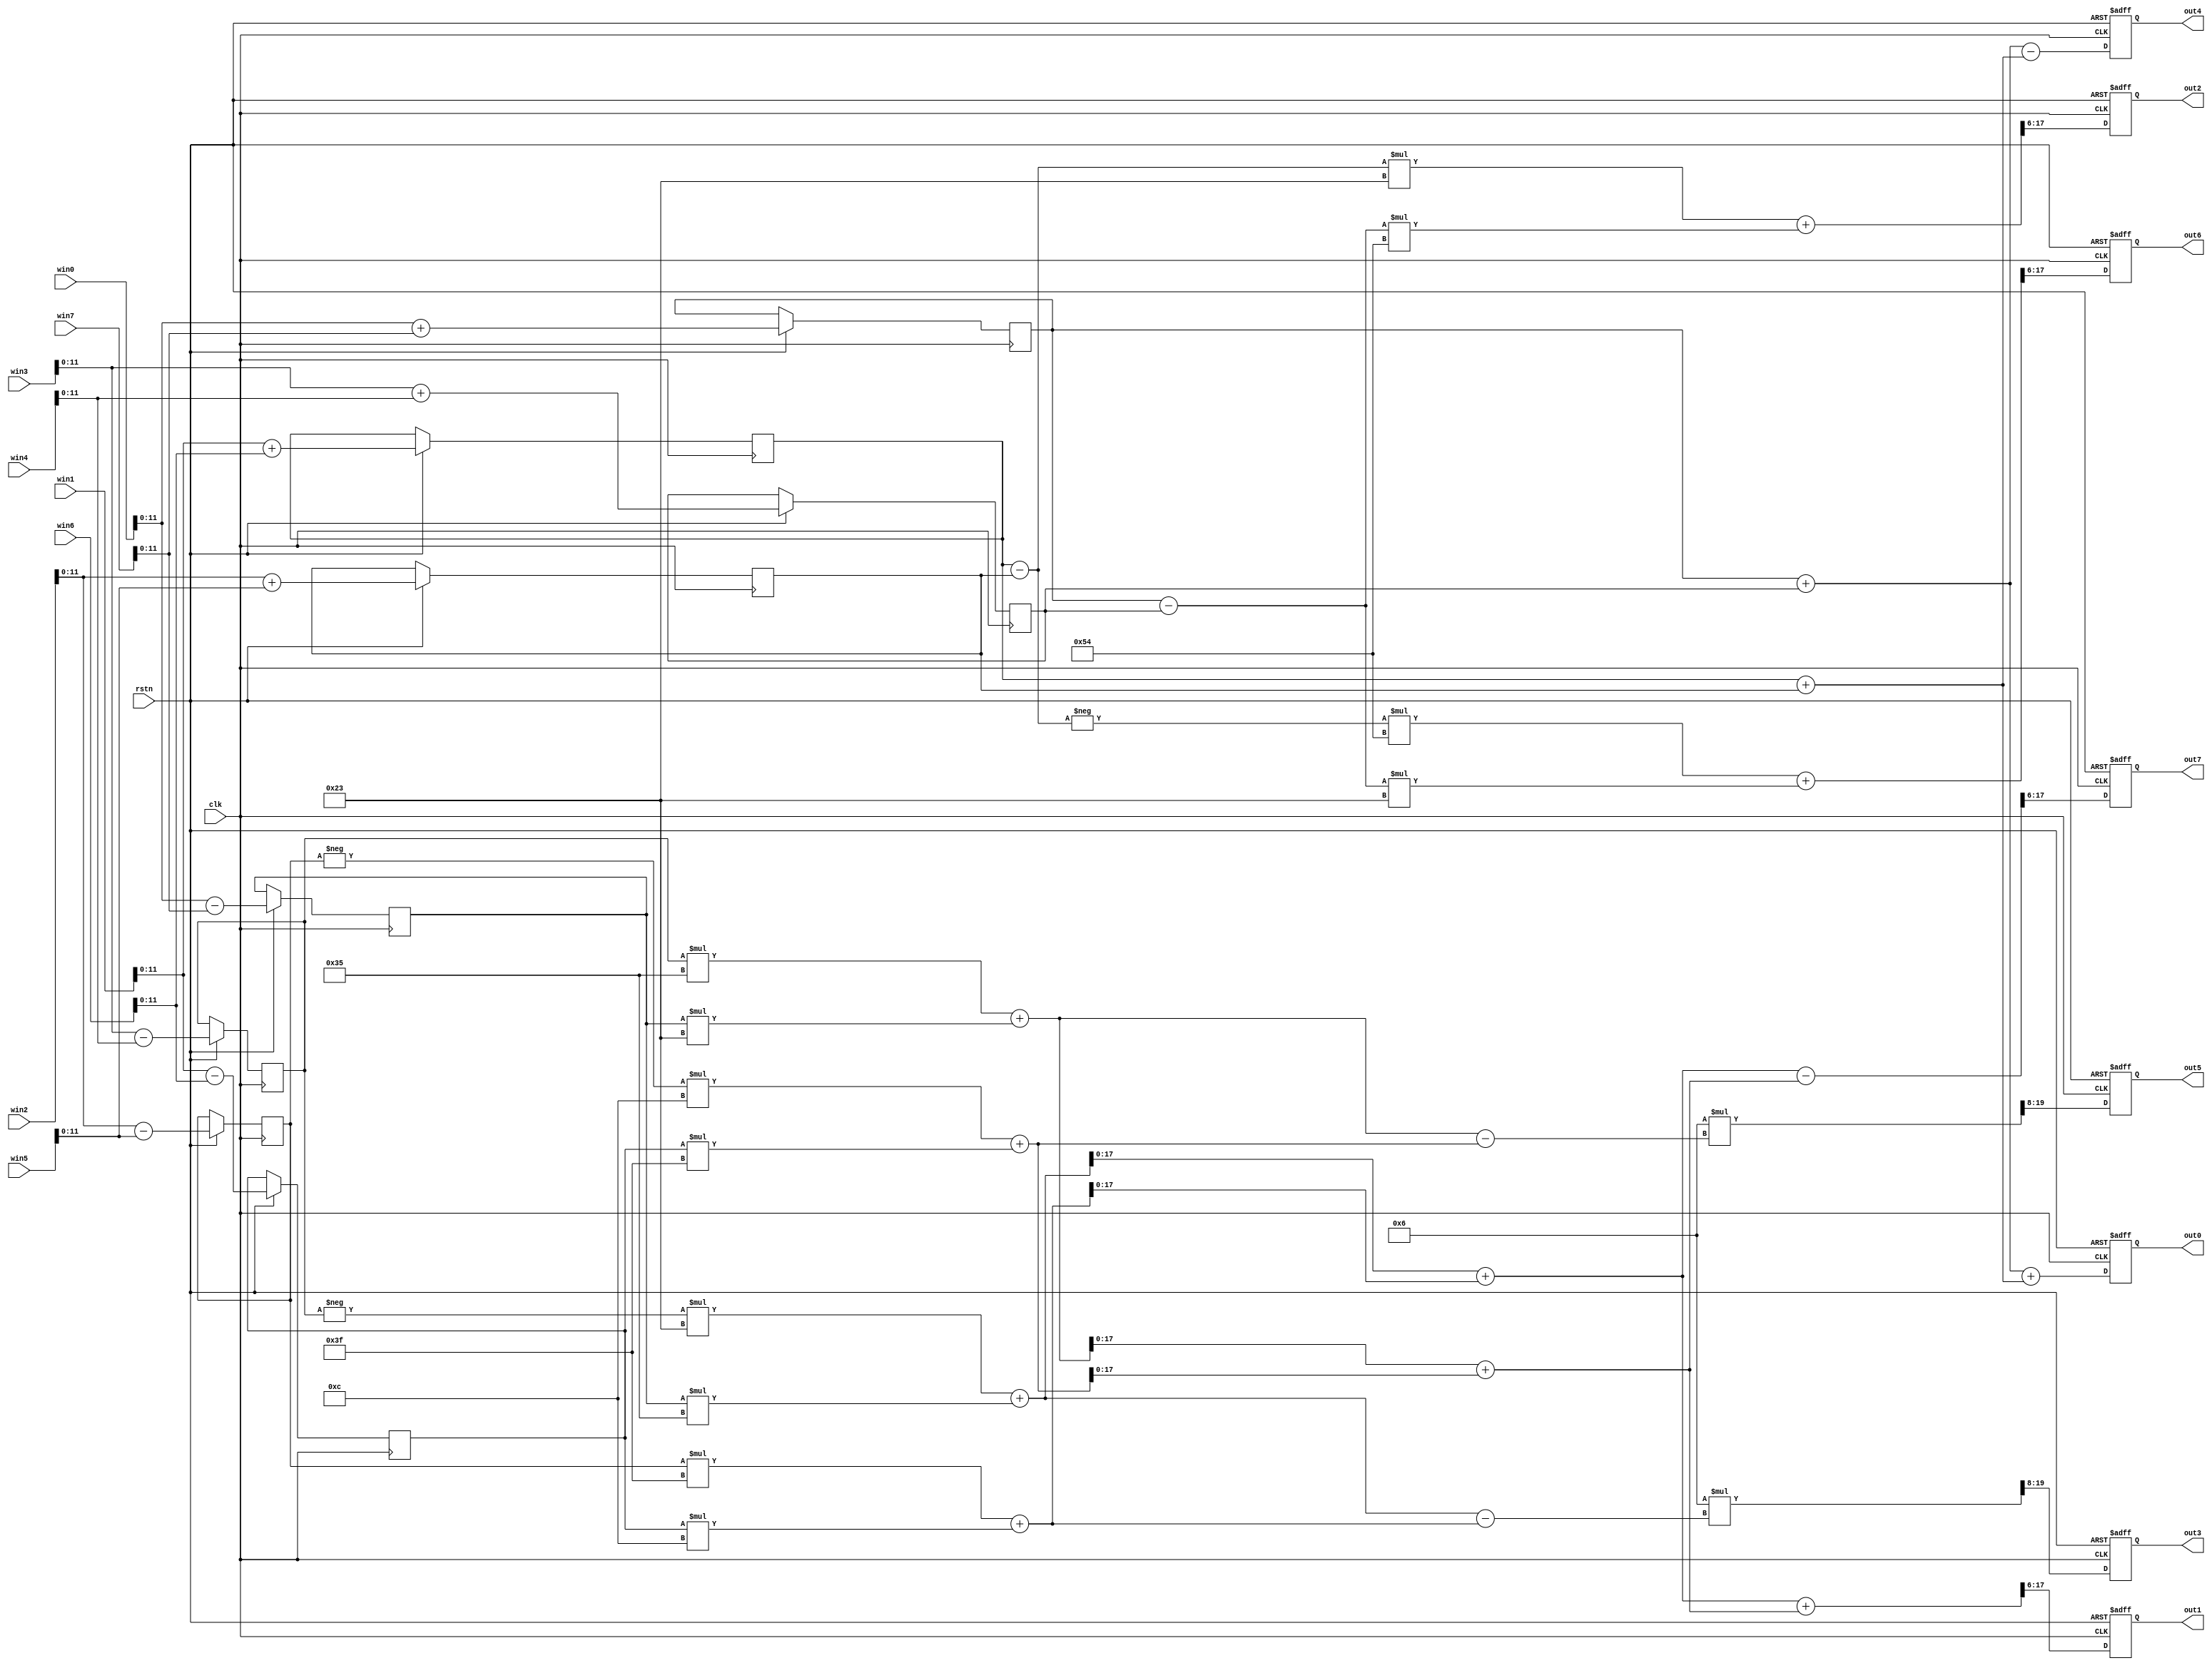

module loeffler_1d(
    input clk,
    input rstn,
    input signed [15:0] win0, win1, win2, win3, win4, win5, win6, win7,
    output reg signed[11:0] out0, out1, out2, out3, out4, out5, out6, out7
);

// DCT
// DCT
parameter PI = 3; // 3.141592654 * 2^15
parameter PT = 6; // 1.414213562 * 2^15


localparam A = 35; // 0.5 * cos(PI * 6 / 16) * 2^16
localparam B = 84; // 0.5 * sin(PI * 6 / 16) * 2^16
localparam C = 53; // cos(PI * 3 / 16) * 2^16
localparam D = 35; // sin(PI * 3 / 16) * 2^16
localparam E = 63; // cos(PI / 16) * 2^16
localparam F = 12; // sin(PI / 16) * 2^16



// 
reg signed [11:0] tmp0, tmp1, tmp2, tmp3, tmp4, tmp5, tmp6, tmp7;
reg signed [11:0] tmp8, tmp9, tmp10, tmp11;

//reg [7:0] mem0 [0:63]; //hex 168bits8




always @(posedge clk or negedge rstn) begin

    if (!rstn) begin
        //Clear out
        out0 = 12'd0; out1 = 12'd0; out2 = 12'd0; out3 = 12'd0;
        out4 = 12'd0; out5 = 12'd0; out6 = 12'd0; out7 = 12'd0;
        /*//Clear tmp
        tmp0 = 32'd0; tmp1 = 32'd0; tmp2 = 32'd0; tmp3 = 32'd0; 
        tmp4 = 32'd0; tmp5 = 32'd0; tmp6 = 32'd0; tmp7 = 32'd0; 
        tmp8 = 32'd0; tmp9 = 32'd0; tmp10 = 32'd0; tmp11 = 32'd0;*/

    end else begin
        // Calculation
        //layer 1
        tmp0 <= win0 + win7; // vp0
        tmp1 <= win1 + win6; // vp1
        tmp2 <= win2 + win5; // vp2
        tmp3 <= win3 + win4; // vp3

        tmp4 <= win0 - win7;	// vn0
        tmp5 <= win1 - win6;	// vn1
        tmp6 <= win2 - win5;	// vn2
        tmp7 <= win3 - win4;	// vn3

        //layer 2
        tmp8 = tmp0 + tmp3;  // vp0+vp3
        tmp9 = tmp1 + tmp2;  // vp1+vp2
        tmp10 = tmp0 - tmp3; // vp0-vp3
        tmp11 = tmp1 - tmp2; // vp1-vp2

		
		//layer 3
        //**************************
		out0 = (tmp8 + tmp9);
		out1 = ((((-tmp7)*D+tmp4*C)+(tmp6*E+tmp5*F))+((tmp7*C+tmp4*D) + ((-tmp6)*F+tmp5*E)))>>6;
		out2 = (tmp11*A+tmp10*B)>>6;
		out3 = (PT*(((-tmp7)*D+tmp4*C)-(tmp6*E+tmp5*F)))>>8;
		out4 = (tmp8 -tmp9);
		out5 = (PT*((tmp7*C+tmp4*D)-((-tmp6)*F+tmp5*E)))>>8;  
		out6 = ((-tmp11)*B+tmp10*A)>>6;
		out7 = ((((-tmp7)*D+tmp4*C)+(tmp6*E+tmp5*F))-((tmp7*C+tmp4*D) + ((-tmp6)*F+tmp5*E)))>>6;
		
		
    end
end

endmodule